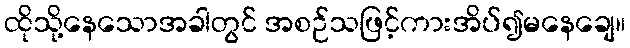
ထိုသို့နေသောအခါတွင် အစဉ်သဖြင့်ကားအိပ်၍မနေချေ။